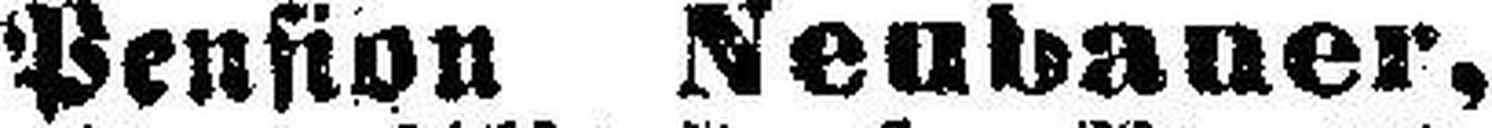
Pension Neubauer,